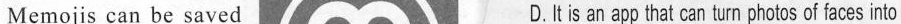
Me mojis can be saved D.Itis an app that can turn photos of faces into